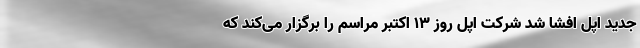
جدید اپل افشا شد شرکت اپل روز ۱۳ اکتبر مراسم را برگزار می‌کند که